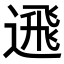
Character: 𨕗